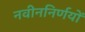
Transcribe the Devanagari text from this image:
नवीननिर्णयों